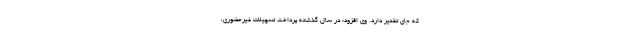
که جای تقدیر دارد. وی افزود: در سال گذشته پرداخت تسهیلات غیرحضوری،